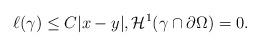
LaTeX: \begin{align*}\ell(\gamma) \le C|x-y|, \mathcal H^1(\gamma \cap \partial \Omega) = 0.\end{align*}